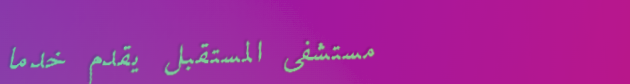
مستشفى المستقبل يقدم خدما